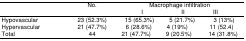
| <ROWSPAN=2>  | <ROWSPAN=2> No. | <COLSPAN=3> Macrophage infiltration |
 | I | II | III |
 | --- | --- | --- | --- | --- |
 | Hypovascular | 23 (52.3%) | 15 (65.3%) | 5 (21.7%) | 3 (13%) |
 | Hypervascular | 21 (47.7%) | 6 (28.6%) | 4 (19%) | 11 (52.4) |
 | Total | 44 | 21 (47.7%) | 9 (20.5%) | 14 (31.8%) |